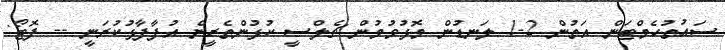
ސައުތުހެމްޓަން އަތުން 2-1 ލަނޑުން މޮޅުވުމުން ޗެލްސީ ކުޅުންތެރީން އުފާފާޅުކުރަނީ -- ފޮޓޯ: